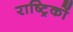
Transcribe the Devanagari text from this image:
राष्ट्रिकों